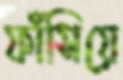
ফাঁসিয়ে